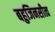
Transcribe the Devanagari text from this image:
बहुजिनसीत्व